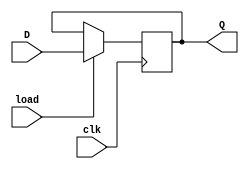
/* Grupo 15
Aluno: Pedro Freitas Fassini, NUSP: 12566571
Aluno: Antnio Freitas Fassini, NUSP:12551032 
Aluno: Gustavo Scardino, NUSP: 11797229
Arquivo: Cdigo do Registrador Parametrizvel*/



module registrador_pc #(parameter N=64) 
(
    input [N-1:0] D,
    input load,
    input clk,
    output  reg signed [N-1:0] Q
);
    


always @(posedge clk ) begin
    
    if (load) Q <= D;
end

initial begin
    Q =64'd0;
end

endmodule